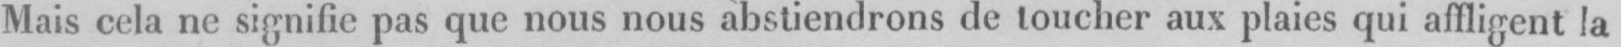
Mais cela ne signifie pas que nous nous abstiendrons de toucher aux plaies qui affligent la